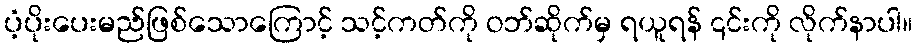
ပံ့ပိုးပေးမည်ဖြစ်သောကြောင့် သင့်ကတ်ကို ဝဘ်ဆိုက်မှ ရယူရန် ၎င်းကို လိုက်နာပါ။